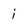
Character: i